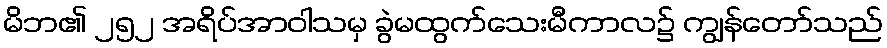
မိဘ၏ ၂၅၂ အရိပ်အာဝါသမှ ခွဲမထွက်သေးမီကာလ၌ ကျွန်တော်သည်